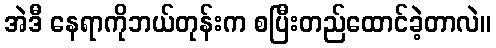
အဲဒီ နေရာကိုဘယ်တုန်းက စပြီးတည်ထောင်ခဲ့တာလဲ။